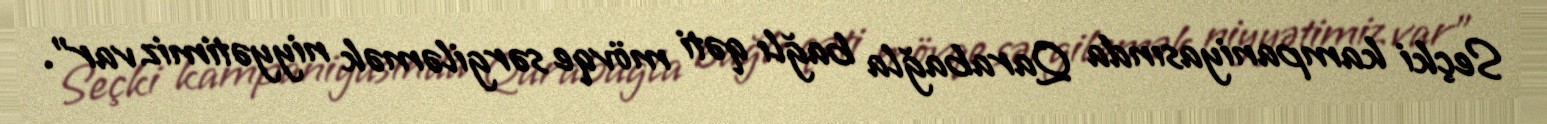
Seçki kampaniyasında Qarabağla bağlı qəti mövqe sərgiləmək niyyətimiz var”.